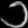
Digit: ၁